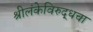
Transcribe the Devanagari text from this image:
श्रीलंकेविरुद्धचा